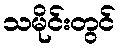
သမိုင်းတွင်